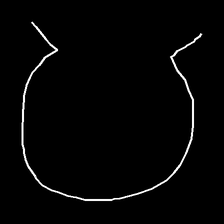
Glyph: weave